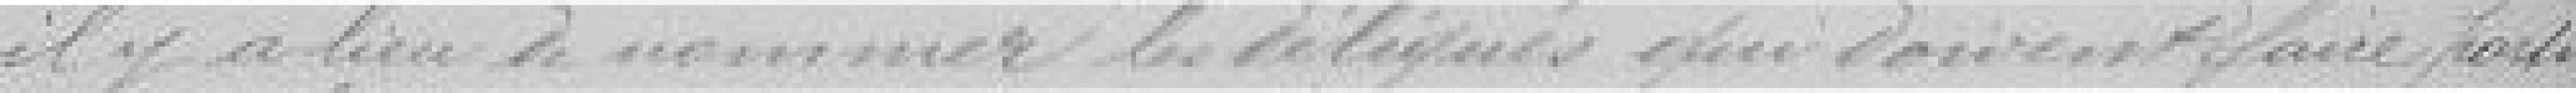
il y a lieu de nommer les délégations qui doivent faire partit